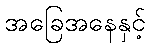
အခြေအနေနှင့်